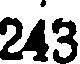
243